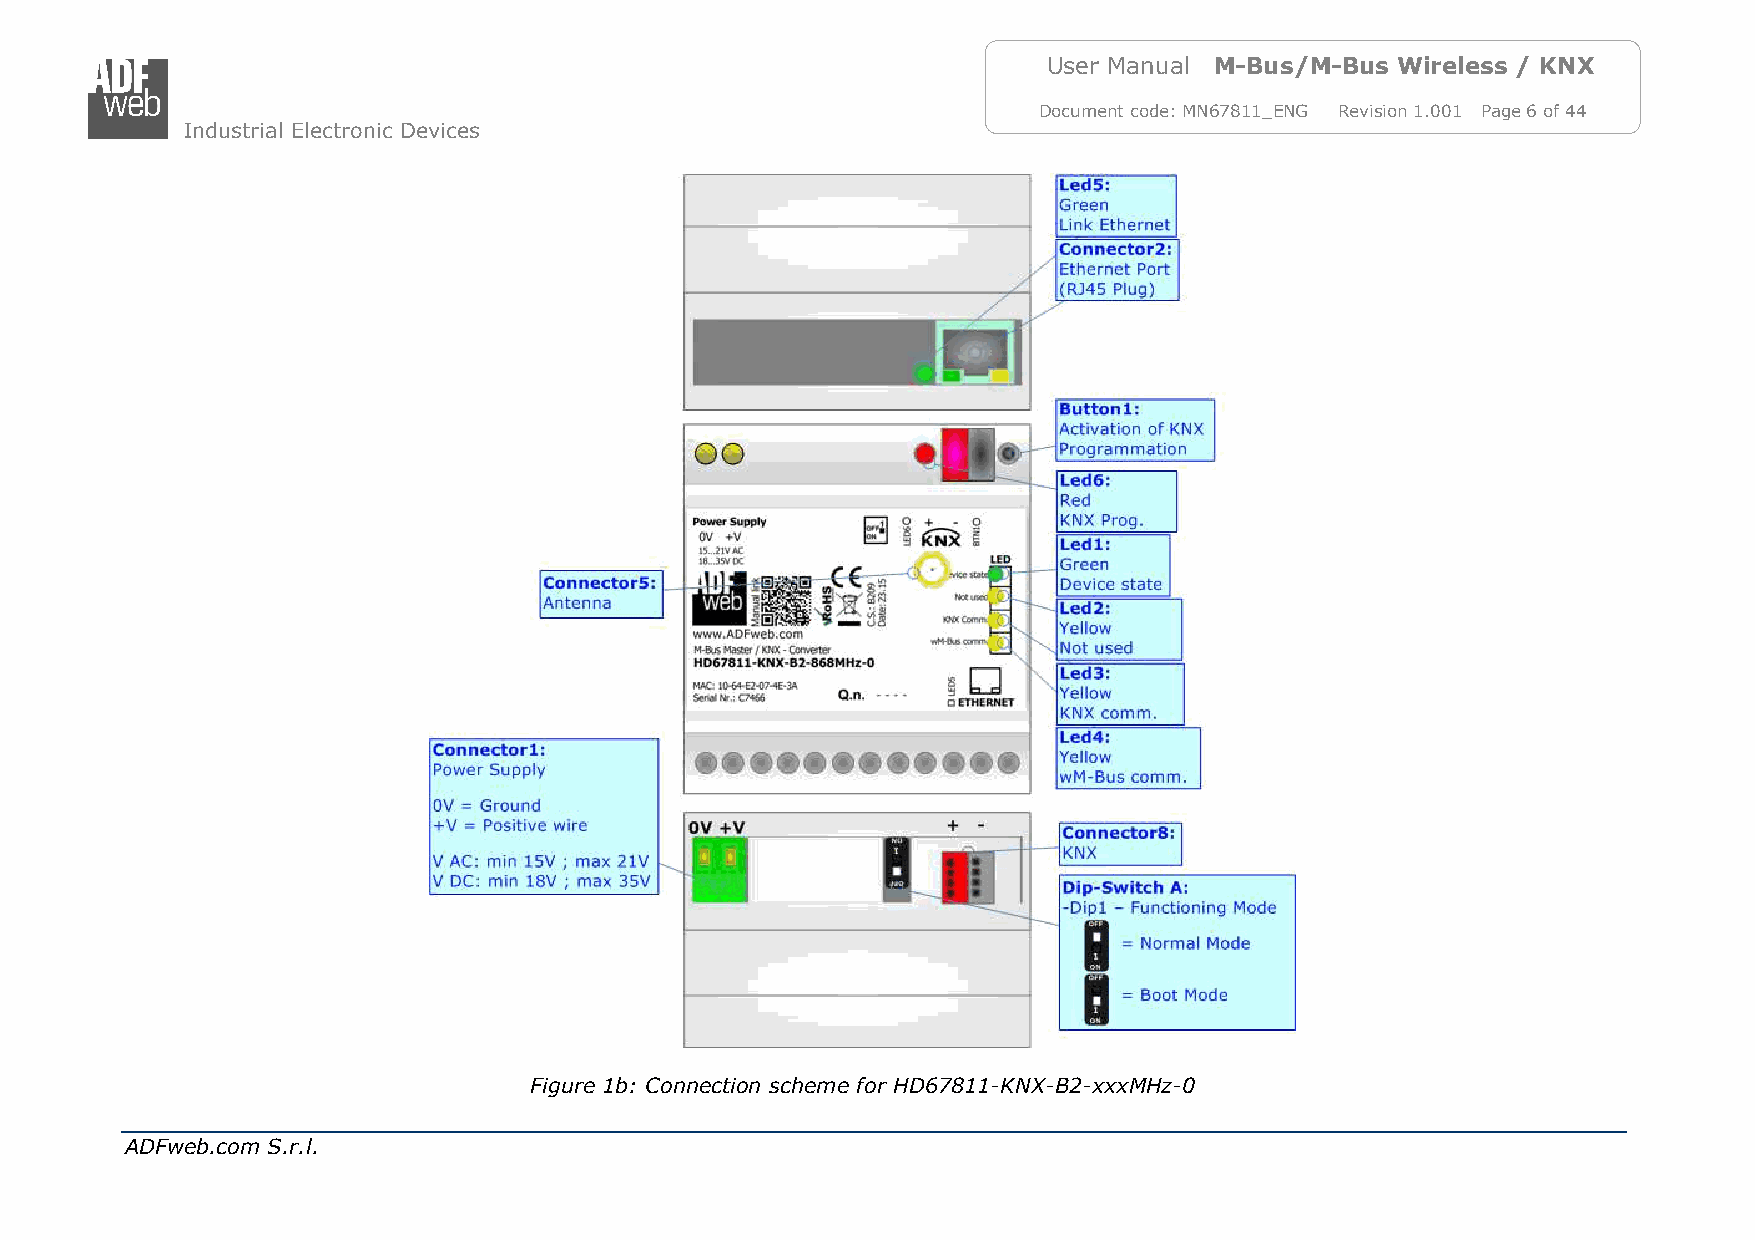
User Manual M-Bus/M-Bus Wireless / KNX
 Document code: MN67811_ENG Revision 1.001 Page 6 of 44
 Industrial Electronic Devices
 Figure 1b: Connection scheme f or HD67811-KNX-B2-xxxMHz-0
 ADFweb.com S.r.l.